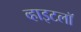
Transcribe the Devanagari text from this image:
व्हाइटलॉ